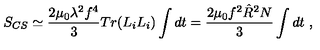
S _ { C S } \simeq \frac { 2 \mu _ { 0 } \lambda ^ { 2 } f ^ { 4 } } { 3 } T r ( L _ { i } L _ { i } ) \int d t = \frac { 2 \mu _ { 0 } f ^ { 2 } \hat { R } ^ { 2 } N } { 3 } \int d t \ ,